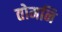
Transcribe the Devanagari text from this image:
तोमनि